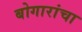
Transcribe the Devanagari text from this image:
बोगारांचा